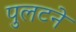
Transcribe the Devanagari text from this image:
पुलटने